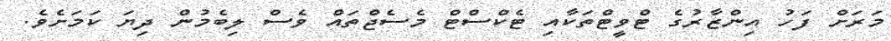
މަރަށް ފަހު އިންޒާރުގެ ޓްވީޓްތަކާއި ޓެކްސްޓް މެސެޖްތައް ވެސް ލިބެމުން ދިޔަ ކަމަށެވެ.